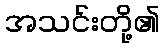
အသင်းတို့၏